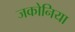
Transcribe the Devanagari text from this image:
जकोनिया